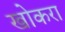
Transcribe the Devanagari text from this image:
खोकरा